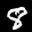
Label: 8